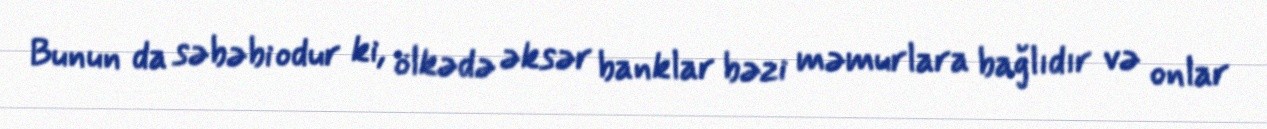
Bunun da səbəbi odur ki, ölkədə əksər banklar bəzi məmurlara bağlıdır və onlar